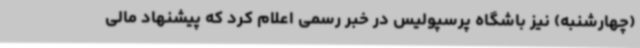
(چهارشنبه) نیز باشگاه پرسپولیس در خبر رسمی اعلام کرد که پیشنهاد مالی